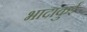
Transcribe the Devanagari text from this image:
भादाकुई